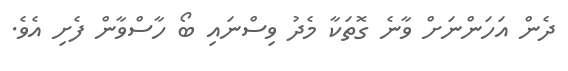
ދެން އަހަންނަށް ވާނެ ގޮތަކާ މެދު ވިސްނައި ބޯ ހާސްވާން ފެށި އެވެ.